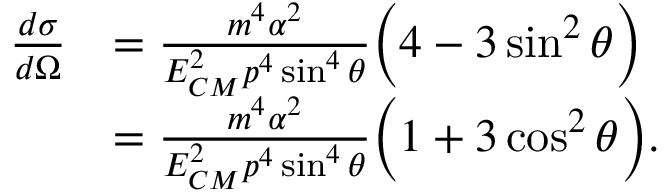
{ \begin{array} { r l } { { \frac { d \sigma } { d \Omega } } } & { = { \frac { m ^ { 4 } \alpha ^ { 2 } } { E _ { C M } ^ { 2 } p ^ { 4 } \sin ^ { 4 } \theta } } { \Big ( } 4 - 3 \sin ^ { 2 } \theta { \Big ) } } \\ & { = { \frac { m ^ { 4 } \alpha ^ { 2 } } { E _ { C M } ^ { 2 } p ^ { 4 } \sin ^ { 4 } \theta } } { \Big ( } 1 + 3 \cos ^ { 2 } \theta { \Big ) } . } \end{array} }